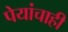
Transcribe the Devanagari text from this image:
पेयांचाही